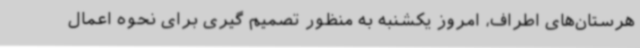
هرستان‌های اطراف، امروز یکشنبه به منظور تصمیم گیری برای نحوه اعمال